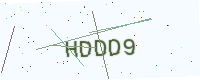
Text: HDDD9